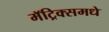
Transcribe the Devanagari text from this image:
मॅट्रिक्समधे